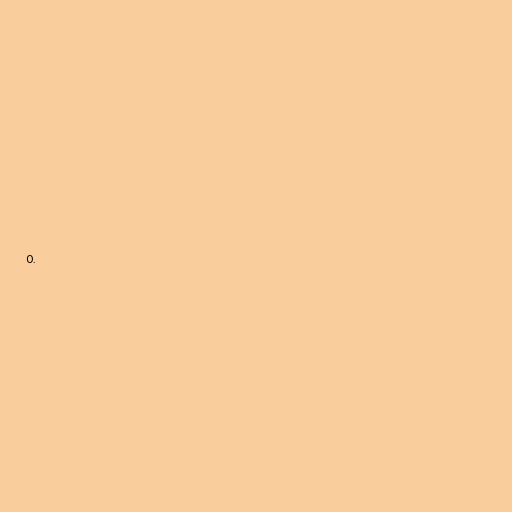
0.